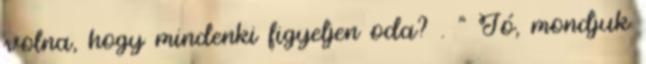
volna, hogy mindenki figyeljen oda? . " Jó, mondjuk